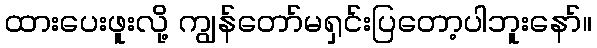
ထားပေးဖူးလို့ ကျွန်တော်မရှင်းပြတော့ပါဘူးနော်။